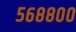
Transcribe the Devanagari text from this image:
५६८८००